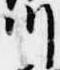
川